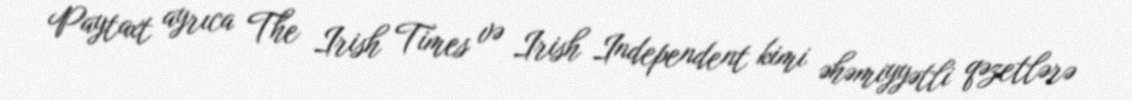
Paytaxt ayrıca The Irish Times və Irish Independent kimi əhəmiyyətli qəzetlərə